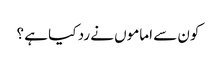
کون سے اماموں نے رد کیا ہے ؟